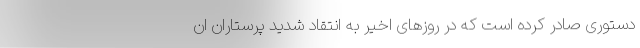
دستوری صادر کرده است که در روزهای اخیر به انتقاد شدید پرستاران ان